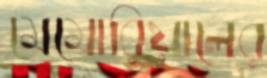
মেমোরিয়ালের